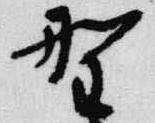
野